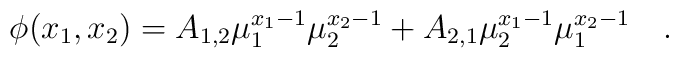
\phi(x_{1},x_{2})=A_{1,2}\mu_{1}^{x_{1}-1}\mu_{2}^{x_{2}-1}+A_{2,1}\mu_{2}^{x_{1}-1}\mu_{1}^{x_{2}-1}\quad .